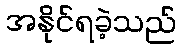
အနိုင်ရခဲ့သည်